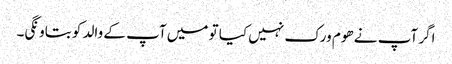
اگر آپ نے ھوم ورک نہیں کیا تو میں آپ کے والد کو بتاونگی۔